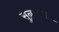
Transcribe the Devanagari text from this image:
सुनचरी